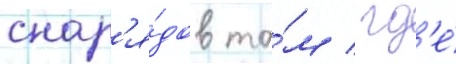
снар'я́дов та́м / гд'е́